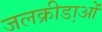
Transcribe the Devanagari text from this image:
जलक्रीडा़ओं